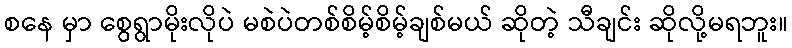
စနေ မှာ စွေရွာမိုးလိုပဲ မစဲပဲတစ်စိမ့်စိမ့်ချစ်မယ် ဆိုတဲ့ သီချင်း ဆိုလို့မရဘူး။